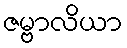
ဇမ္ဗာလိယာ